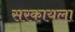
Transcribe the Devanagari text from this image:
सरकायला